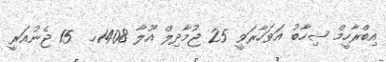
އިބްރާހީމް ޝިހާބު އަވަހާރަވީ 25 ޖުމާދިލް އޫލާ 1408ހ.  15 ޖެނުއަރީ